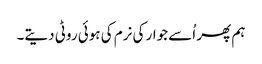
ہم پھر اُسے جوار کی نرم کی ہوئی روٹی دیتے۔